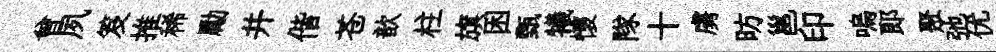
曾夙笈推稀勵并偕苍歆柱旗困甄犧懷隊十虜昉邕印嗚郎聚弛优